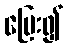
ပြေး၍